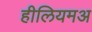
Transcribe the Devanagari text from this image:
हीलियमअ